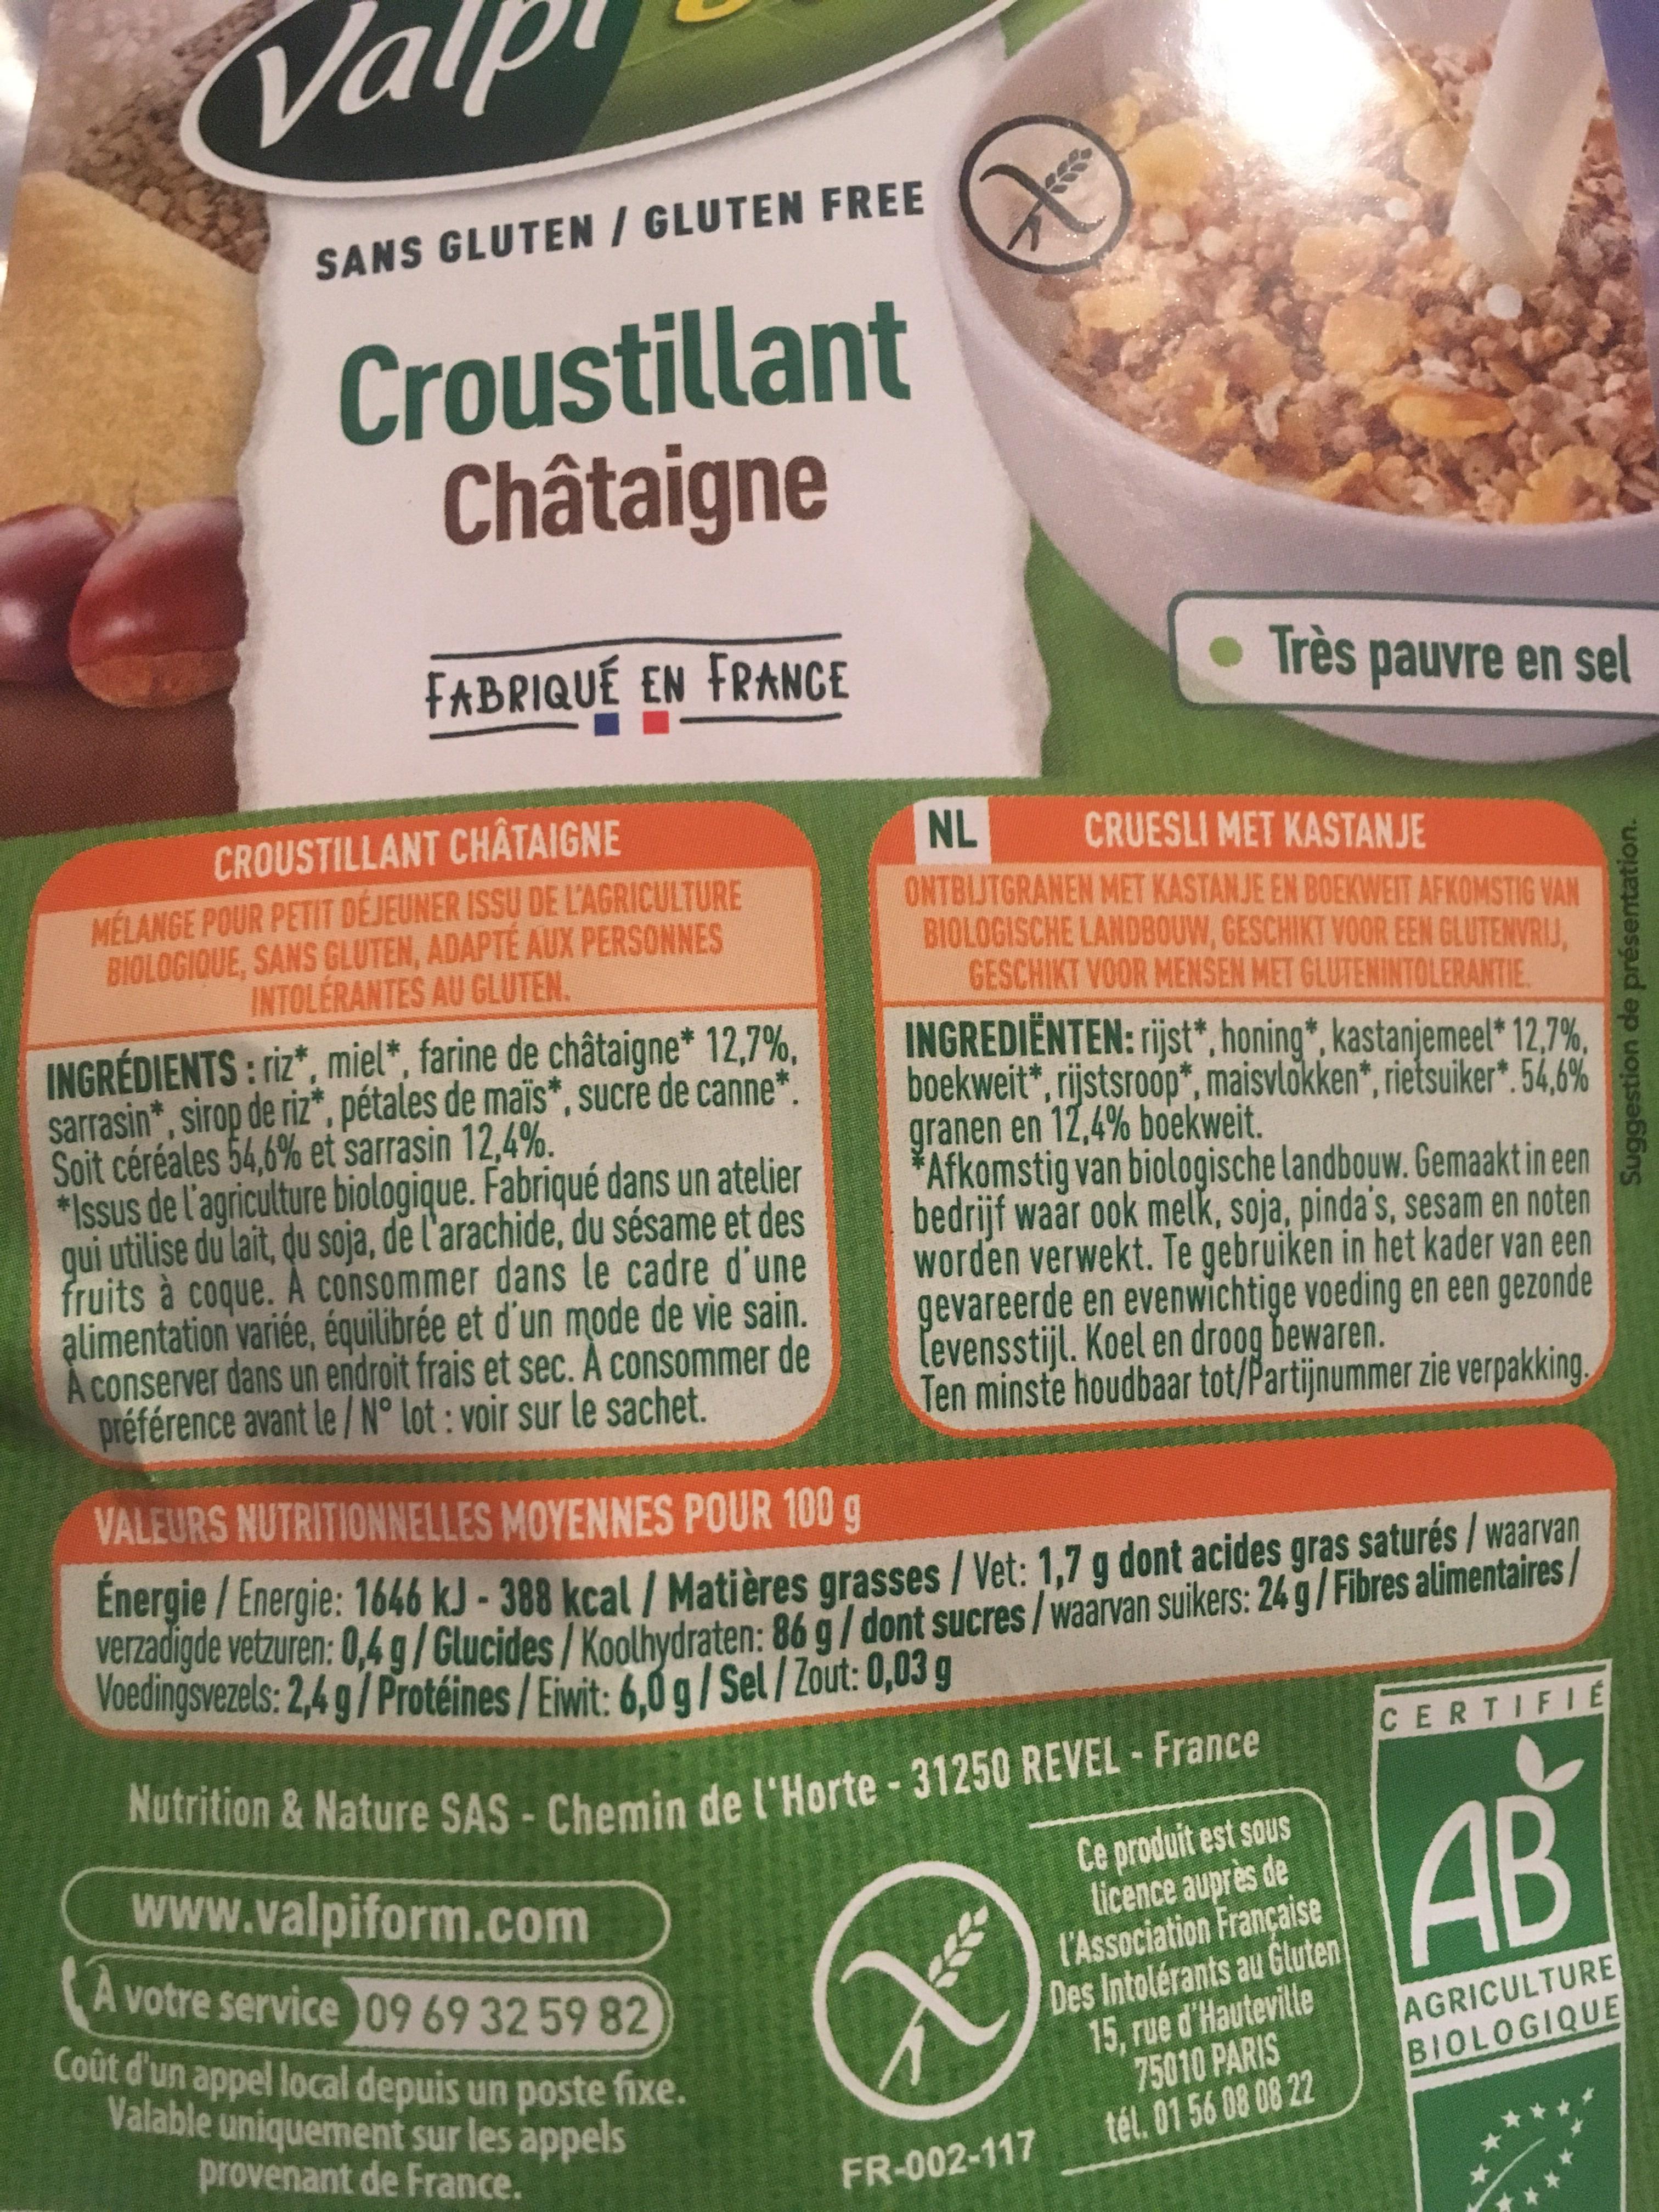
SANS GLUTEN / GLUTEN FREE
Croustillant Châtaigne
FABRIQUÉ EN FRANCE
CROUSTILLANT CHÂTAIGNE
MÉLANGE POUR PETIT DÉJEUNER ISSU DE L'AGRICULTURE BIOLOGIQUE, SANS GLUTEN, ADAPTÉ AUX PERSONNES INTOLÉRANTES AU GLUTEN.
INGRÉDIENTS: riz*, miel*, farine de châtaigne* 12,7%, sarrasin, sirop de riz, pétales de maïs*, sucre de canne* Soit céréales 54,6% et sarrasin 12,4%.
*Issus de l'agriculture biologique. Fabriqué dans un atelier qui utilise du lait, du soja, de l'arachide, du sésame et des fruits à coque. A consommer dans le cadre d'une alimentation variée, équilibrée et d'un mode de vie sain. A conserver dans un endroit frais et sec. A consommer de préférence avant le/N° lot: voir sur le sachet.
TO
Très pauvre en sel
NL
CRUESLI MET KASTANJE
ONTBIJTGRANEN MET KASTANJE EN BOEKWEIT AFKOMSTIG VAN BIOLOGISCHE LANDBOUW, GESCHIKT VOOR EEN GLUTENVRIJ, GESCHIKT VOOR MENSEN MET GLUTENINTOLERANTIE.
INGREDIËNTEN: rijst*, honing, kastanjemeel* 12,7%, boekweit*, rijstsroop*, maisvlokken*, rietsuiker*. 54,6% granen en 12,4% boekweit.
Afkomstig van biologische landbouw. Gemaakt in een bedrijf waar ook melk, soja, pinda's, sesam en noten worden verwekt. Te gebruiken in het kader van een gevareerde en evenwichtige voeding en een gezonde levensstijl. Koel en droog bewaren.
Ten minste houdbaar tot/Partijnummer zie verpakking.
FR-002-117
VALEURS NUTRITIONNELLES MOYENNES POUR 100 g
Énergie/Energie: 1646 kJ-388 kcal / Matières grasses / Vet: 1,7 g dont acides gras saturés / waarvan verzadigde vetzuren: 0,4g/Glucides/Koolhydraten: 86 g/dont sucres/ waarvan suikers: 24 g/Fibres alimentaires/ Voedingsvezels: 2,4 g/Protéines / Eiwit: 6,0 g/Sel / Zout: 0,03 g
Nutrition & Nature SAS - Chemin de l'Horte-31250 REVEL - France
www.valpiform.com
À votre service 09 69 32 59 82
Ce produit est sous licence auprès de l'Association Française Des Intolérants au Gluten 15, rue d'Hauteville 75010 PARIS tél. 01 56 08 08 22
Coût d'un appel local depuis un poste fixe. Valable uniquement sur les appels provenant de France.
CERTIFIE
AB
AGRICULTURE BIOLOGIQUE
Suggestion de présentation.